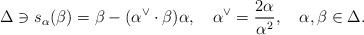
LaTeX: \begin{align*}\Delta\ni s_{\alpha}(\beta)=\beta-(\alpha^{\vee}\cdot\beta)\alpha, \quad \alpha^{\vee}={2\alpha\over{\alpha^2}},\quad \alpha, \beta\in\Delta.\end{align*}